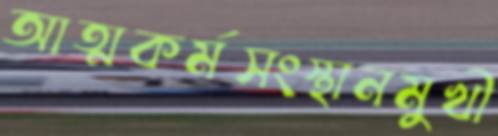
আত্মকর্মসংস্থানমুখী